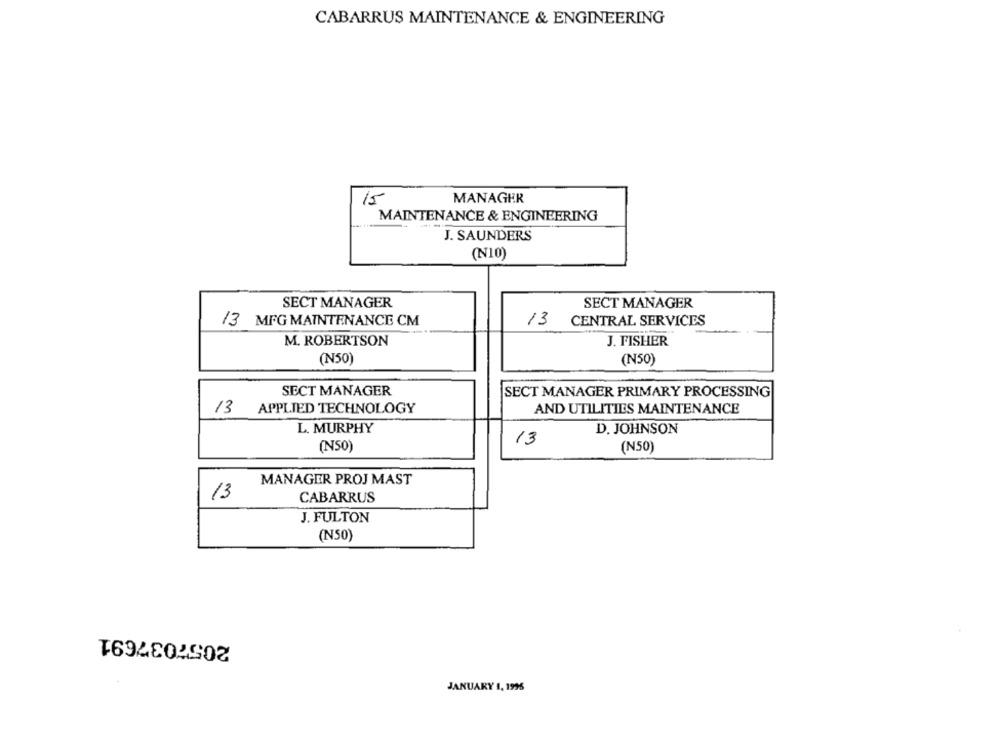
CABARRUS MAINTENANCE & ENGINEERING
MANAGER
15
MAINTENANCE & ENGINEERING
-----
J. SAUNDERS
(N10)
SECT MANAGER
SECT MANAGER
/3 MFG MAINTENANCE CM
/3 CENTRAL SERVICES
M. ROBERTSON
J. FISHER
(N50)
(N50)
SECT MANAGER
SECT MANAGER PRIMARY PROCESSING
/3 APPLIED TECHNOLOGY
AND UTILITIES MAINTENANCE
L. MURPHY
D. JOHNSON
13
(NS0)
(N50)
MANAGER PROJ MAST
13
CABARRUS
J. FULTON
(N50)
2057037691
JANUARY 1, 1995